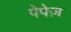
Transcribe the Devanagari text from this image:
पेपेज़